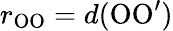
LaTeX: r_{\mathrm{OO}}=d(\mathrm{OO^{\prime}})